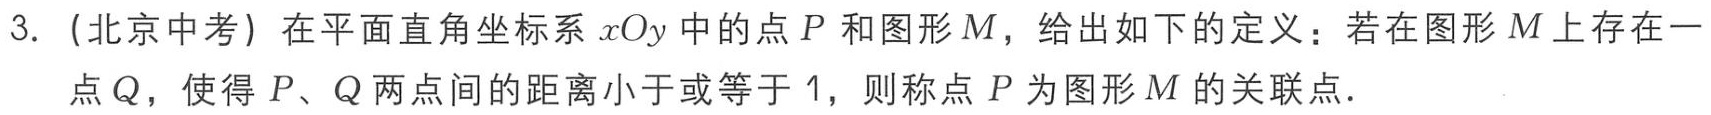
3.（北京中考）在平面直角坐标系\(xOy\)中的点\(P\)和图形\(M\)，给出如下的定义：若在图形\(M\)上存在一点\(Q\)，使得\(P、Q\)两点间的距离小于或等于\(1\)，则称点\(P\)为图形\(M\)的关联点.